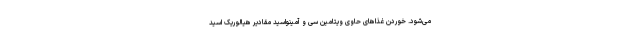
می‌شود. خوردن غذاهای حاوی ویتامین سی و آمینواسید مقادیر هیالوریک اسید